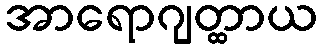
အာရောဂျတ္ထာယ